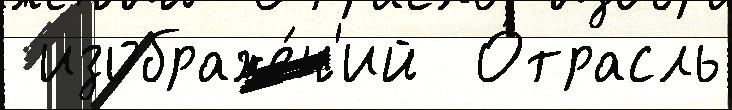
 изображе́н'ий  О́трасль